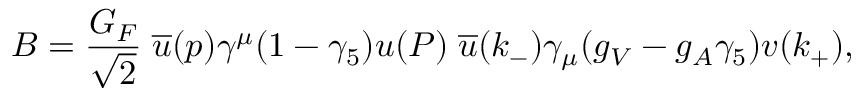
{ \cal B } = \frac { G _ { F } } { \sqrt { 2 } } \; \overline { { { u } } } ( p ) \gamma ^ { \mu } ( 1 - \gamma _ { 5 } ) u ( P ) \; \overline { { { u } } } ( k _ { - } ) \gamma _ { \mu } ( g _ { V } - g _ { A } \gamma _ { 5 } ) v ( k _ { + } ) ,